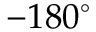
- 1 8 0 ^ { \circ }